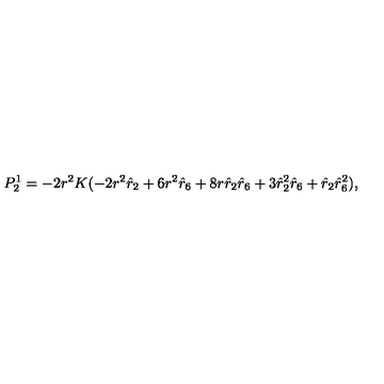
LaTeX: P _ { 2 } ^ { 1 } = - 2 r ^ { 2 } K ( - 2 r ^ { 2 } \hat { r } _ { 2 } + 6 r ^ { 2 } \hat { r } _ { 6 } + 8 r \hat { r } _ { 2 } \hat { r } _ { 6 } + 3 \hat { r } _ { 2 } ^ { 2 } \hat { r } _ { 6 } + \hat { r } _ { 2 } \hat { r } _ { 6 } ^ { 2 } ) ,